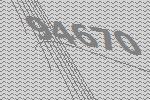
94670